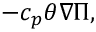
- c _ { p } \theta \nabla \Pi ,